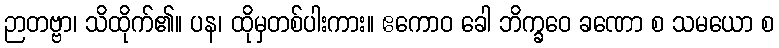
ဉာတဗ္ဗာ၊ သိထိုက်၏။ ပန၊ ထိုမှတစ်ပါးကား။ ဧကောဝ ခေါ ဘိက္ခဝေ ခဏော စ သမယော စ